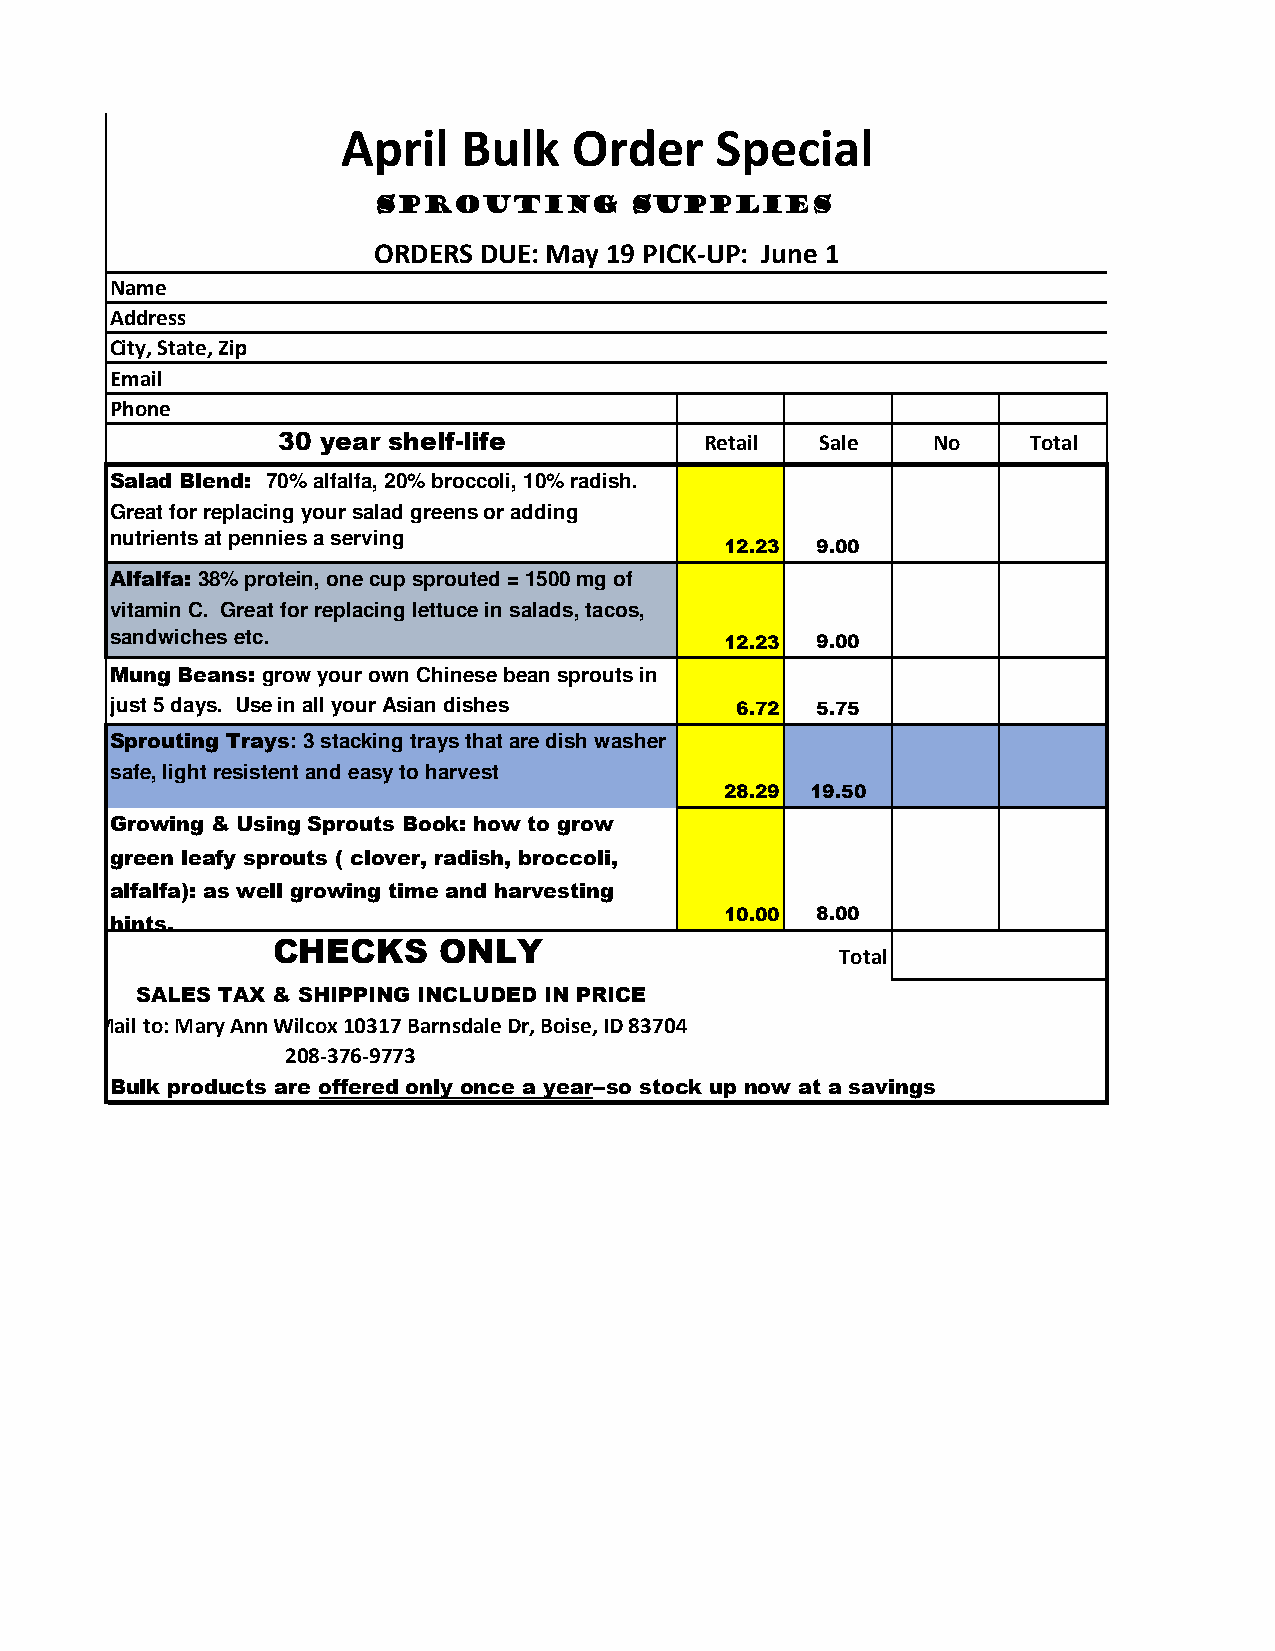
April   Bulk   Order    Special
 SSSSpppprrrroooouuuuttttiiiinnnngggg SSSSuuuupppppppplllliiiieeeessss
 ORDERS DUE: May 19 PICK-UP: June 1
 Name
 Address
 City, State, Zip
 Email
 Phone
 30 year shelf-life           Retail Sale    No    Total
 Salad Blend: 70% alfalfa, 20% broccoli, 10% radish.
 Great for replacing your salad greens or adding
 nutrients at pennies a serving
 12.23 9.00
 Alfalfa: 38% protein, one cup sprouted = 1500 mg of
 vitamin C. Great for replacing lettuce in salads, tacos,
 sandwiches etc.                          12.23 9.00
 Mung Beans: grow your own Chinese bean sprouts in
 just 5 days. Use in all your Asian dishes 6.72 5.75
 Sprouting Trays: 3 stacking trays that are dish washer
 safe, light resistent and easy to harvest
 28.29 19.50
 Growing & Using Sprouts Book: how to grow
 green leafy sprouts ( clover, radish, broccoli,
 alfalfa): as well growing time and harvesting
 10.00 8.00
 hints.
 CHECKS     ONLY
 Total
 SALES TAX & SHIPPING INCLUDED IN PRICE
 Mail to: Mary Ann Wilcox 10317 Barnsdale Dr, Boise, ID 83704
 208-376-9773
 Bulk products are offered only once a year--so stock up now at a savings